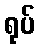
ရုပ်